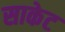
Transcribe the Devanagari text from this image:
साकेट